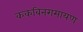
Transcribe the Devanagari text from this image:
ककबिनरामायण